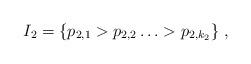
LaTeX: \begin{align*}I_2 = \{p_{2,1}> p_{2,2} \ldots> p_{2,k_2}\}\;,\end{align*}